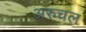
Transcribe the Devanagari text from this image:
अरुचल